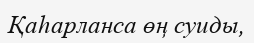
Қаһарланса өң суиды,